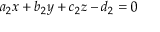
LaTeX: a _ { 2 } x + b _ { 2 } y + c _ { 2 } z - d _ { 2 } = 0